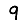
Digit: 9